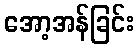
အော့အန်ခြင်း